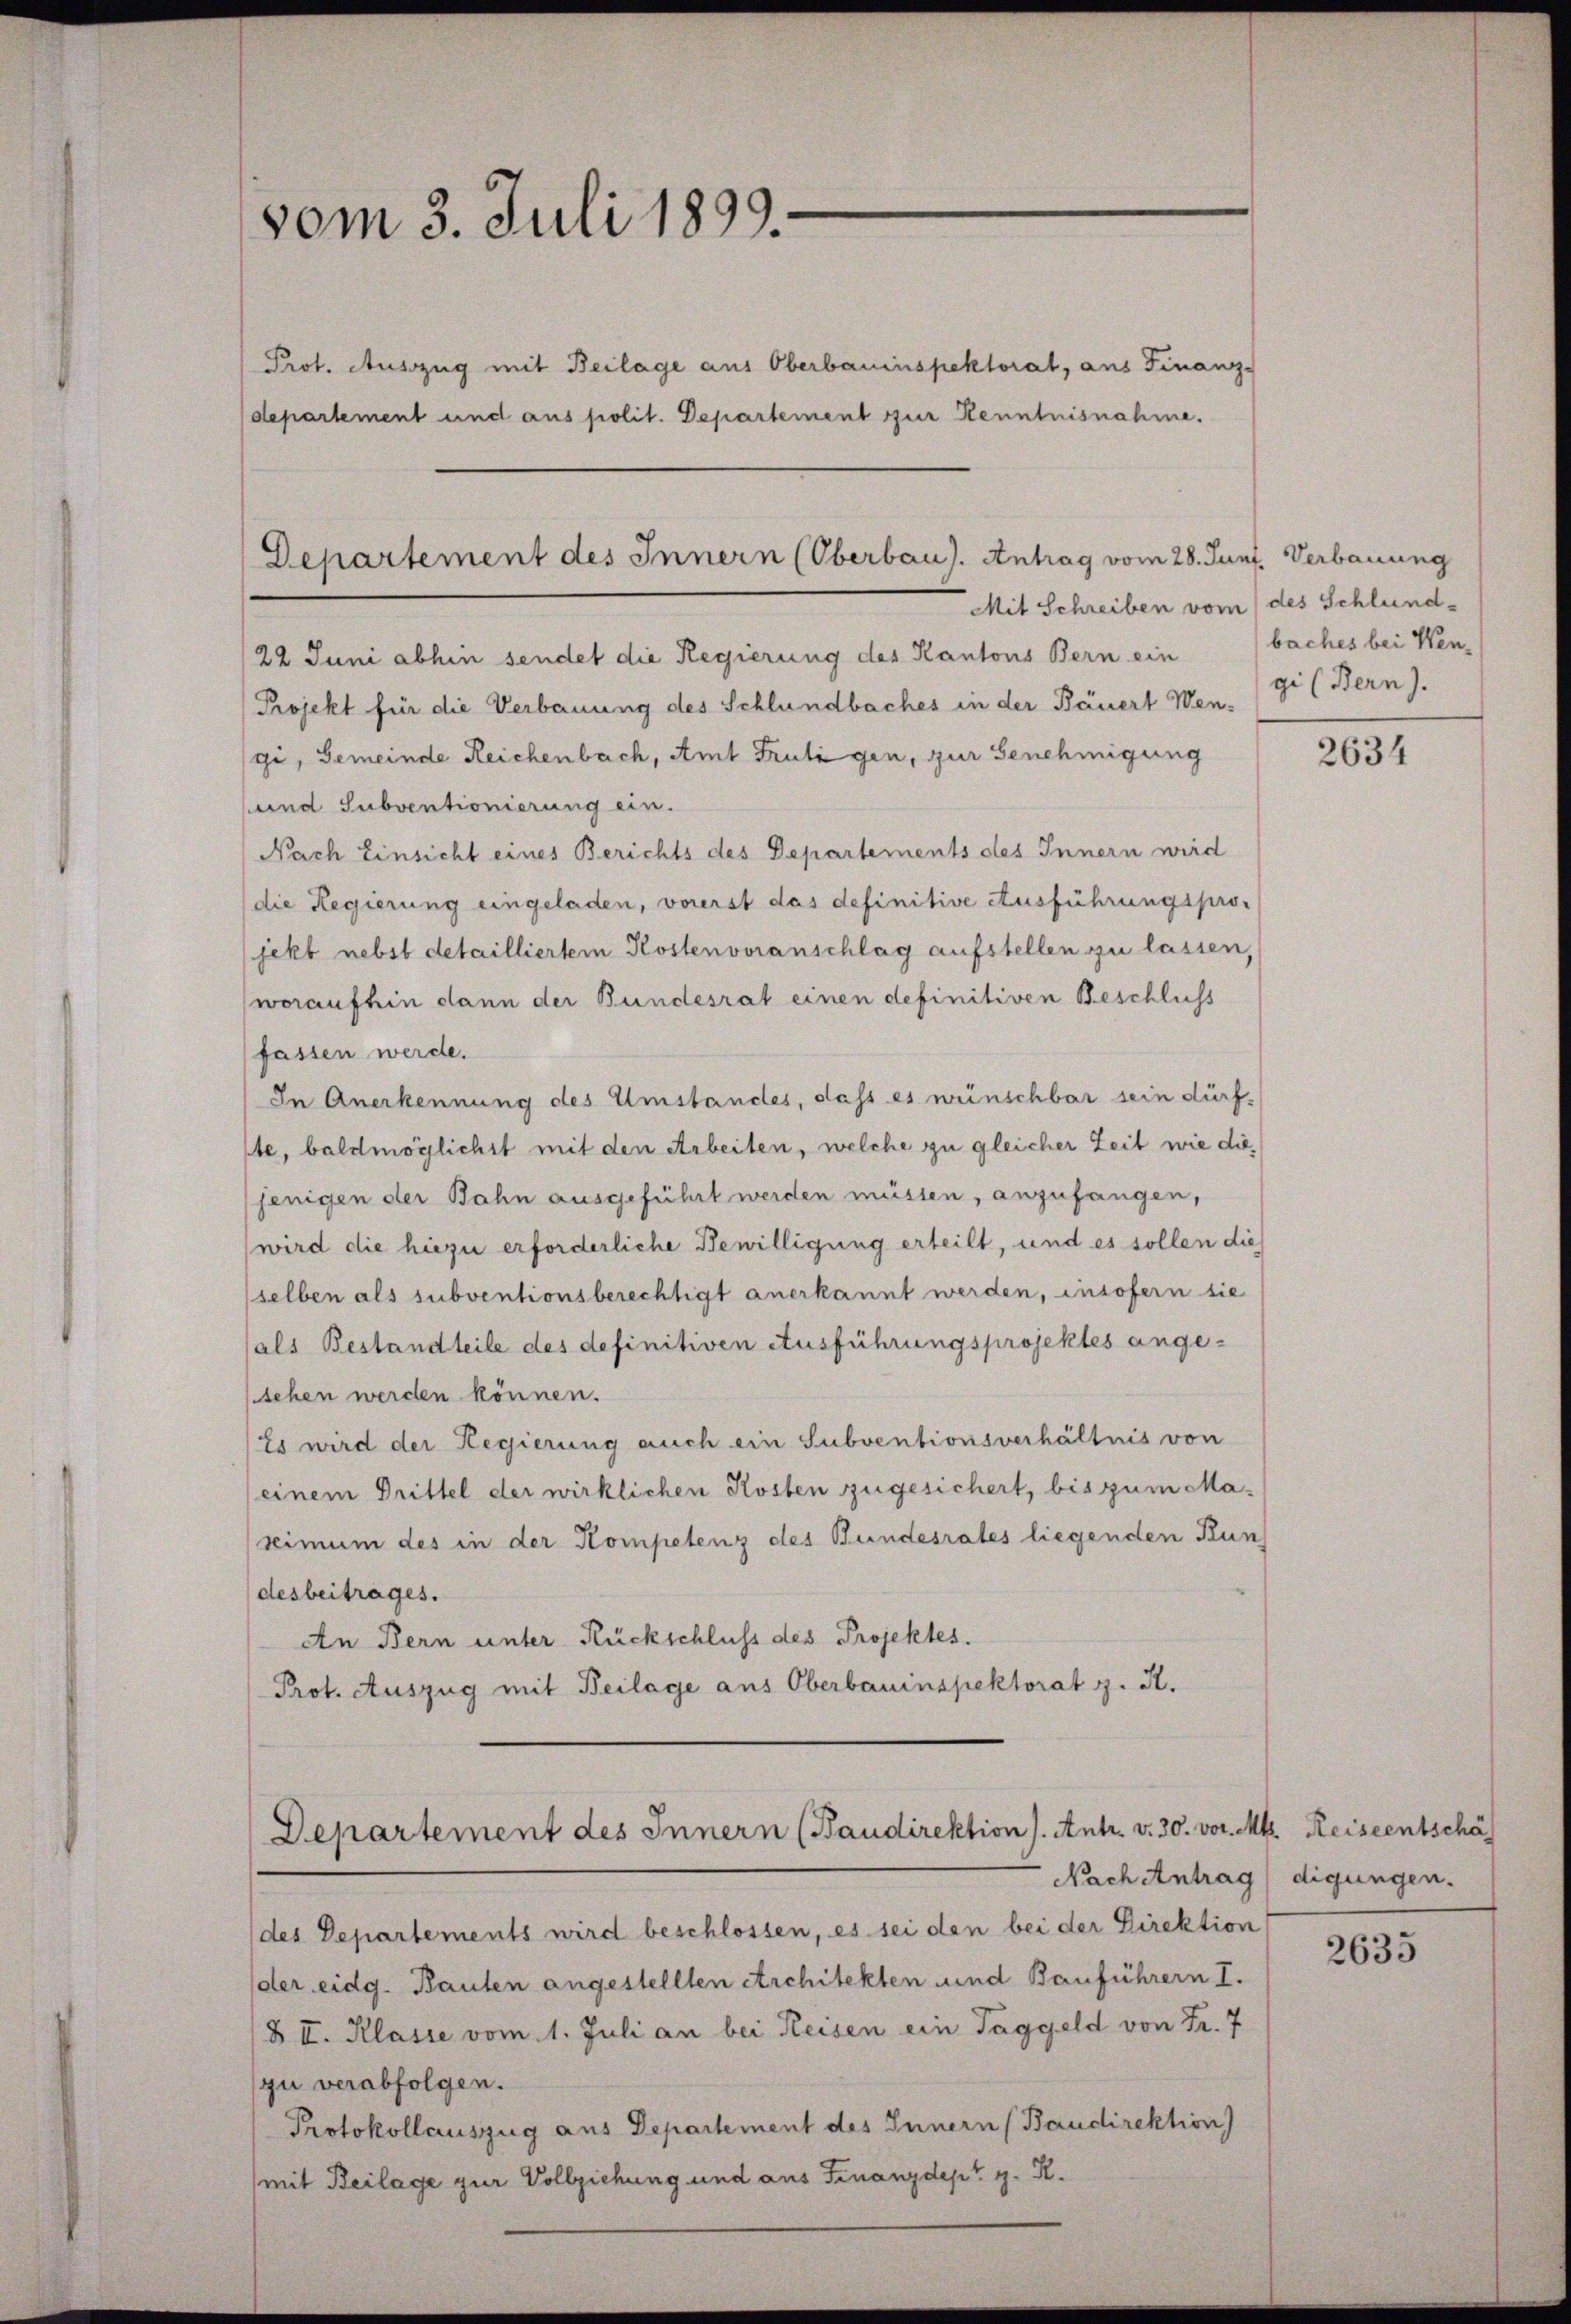
vom 3. Juli 1899.
Prot. Ausszug mit Beilage aus Oberbauinspektorat, aus Finanz-
departement und aus polit. Departement zur Kenntnisnahme.

Departement des Innern (Oberbau). Antrag vom 28. Juni, Verbauung

Mit Schreiben vom / des Schlund¬
22 Juni abhin sendet die Regierung des Kantons Bern ein
Projekt für die Verbauung des Schlündbaches in der Bäuert Wengi (Bern).
gi, Gemeinde Reichenbach, Amt Frutigen, zur Genehmigung
und Subventionierung ein.
Nach Einsicht eines Berichts des Departements des Innern wird
die Regierung eingeladen, vorerst das definitive Ausführungspro-
jekt nebst detailliertem Kostenvoranschlag aufstellen zu lassen,
woraufhin dann der Bundesrat einen definitiven Beschluss
fassen werde.
In Anerkennung des Umstandes, dass es wünschbar sein dürf-
ste, baldmöglichst mit den Arbeiten, welche zu gleicher Zeit wie die
jenigen der Bahn ausgeführt werden müssen, anzufangen,
wird die hiezu erforderliche Bewilligung erteilt, und es sollen die
selben als subventionsberechtigt anerkannt werden, insofern sie
(als Bestandteile des definitiven Ausführungsprojektes angesehen werden können.
Es wird der Regierung auch ein Subventionsverhältnis von
(einem Drittel der wirklichen Kosten zugesichert, bis zum Manimum des in der Kompetenz des Bundesrates liegenden Kun
desbeitrages.
An Bern unter Rückschluss des Projektes.
Prot. Auszug mit Beilage aus Oberbauinspektorat z. B.

Departement des Innern (Baudirektion). Antr. v. 30. vor. Mk. Reiseentschäf

Nach Antrag digungen.
des Departements wird beschlossen, es sei den bei der Direktion
der eidg. Bauten angestellten Architekten und Bauführern I.
§ I. Klasse vom 1. Juli an bei Reisen ein Taggeld von Fr. 7
zu verabfolgen.
Protokollauszug aus Departement des Innern (Baudirektion)
(mit Beilage zur Vollziehung und aus Finanzdept g. R.

baches bei Wen¬

2634

2635